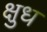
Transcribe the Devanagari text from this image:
क्षुध